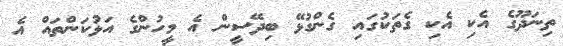
ތިނަދޫގެ އެކި އެކި ގެތަކުގައި ގެންގުޅޭ ބިދޭސީން އެ މީހުންގެ އަޅުކަންތައް އެ